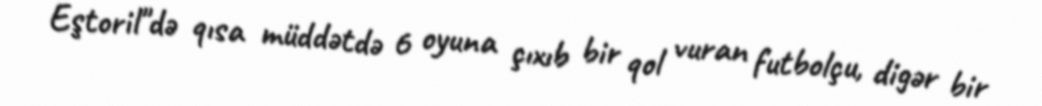
Eştoril"də qısa müddətdə 6 oyuna çıxıb bir qol vuran futbolçu, digər bir